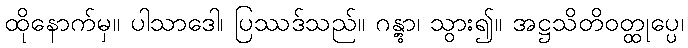
ထိုနောက်မှ။ ပါသာဒေါ၊ ပြဿဒ်သည်။ ဂန္တွာ၊ သွား၍။ အဋ္ဌသိတိဝတ္ထုပ္ပေ၊